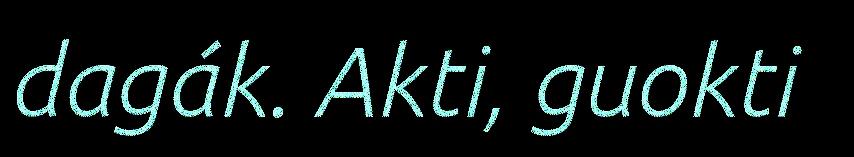
dagák. Akti, guokti